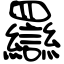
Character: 羉